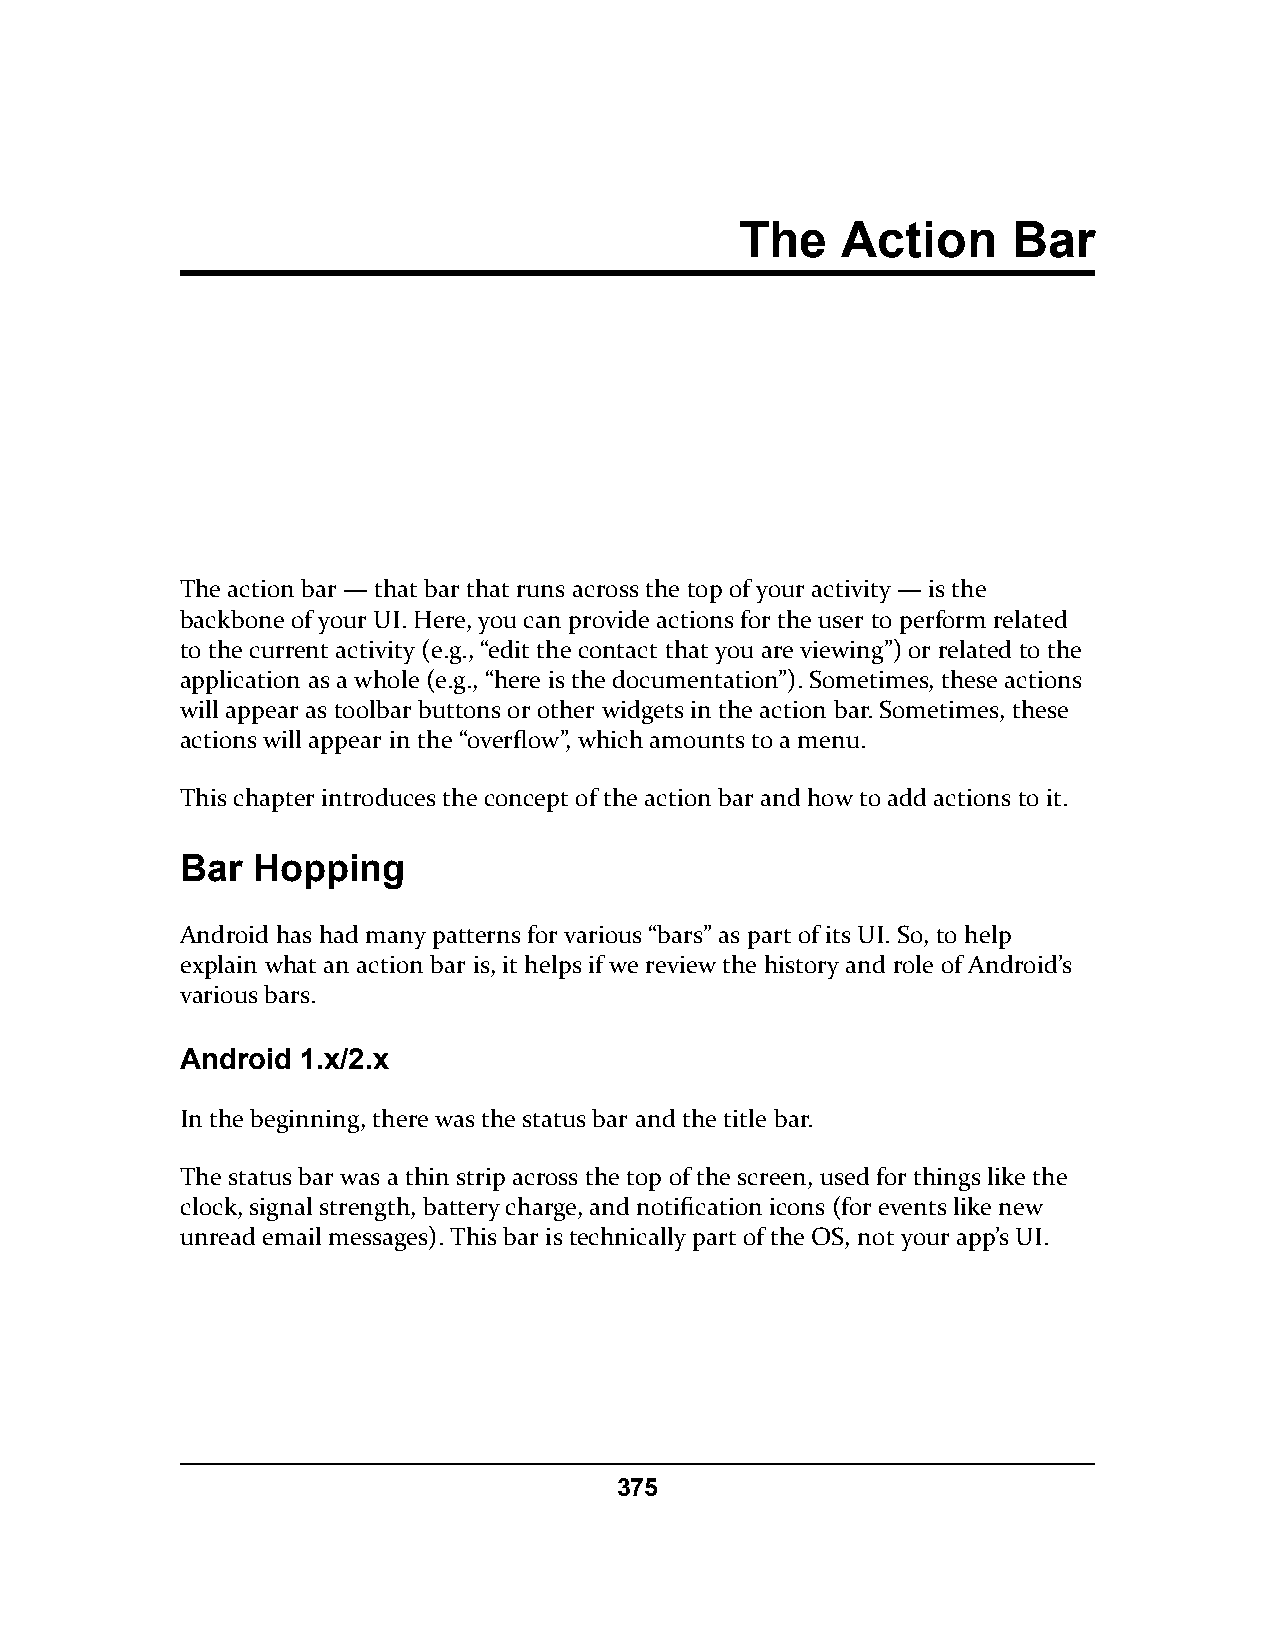
The    Action     Bar
 The action bar — that bar that runs across the top of your activity — is the
 backbone of your UI. Here, you can provide actions for the user to perform related
 to the current activity (e.g., “edit the contact that you are viewing”) or related to the
 application as a whole (e.g., “here is the documentation”). Sometimes, these actions
 will appear as toolbar buttons or other widgets in the action bar. Sometimes, these
 actions will appear in the “overflow”, which amounts to a menu.
 This chapter introduces the concept of the action bar and how to add actions to it.
 Bar  Hopping
 Android has had many patterns for various “bars” as part of its UI. So, to help
 explain what an action bar is, it helps if we review the history and role of Android’s
 various bars.
 Android 1.x/2.x
 In the beginning, there was the status bar and the title bar.
 The status bar was a thin strip across the top of the screen, used for things like the
 clock, signal strength, battery charge, and notification icons (for events like new
 unread email messages). This bar is technically part of the OS, not your app’s UI.
 375